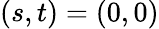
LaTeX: (s,t)=(0,0)